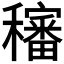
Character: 𥣳